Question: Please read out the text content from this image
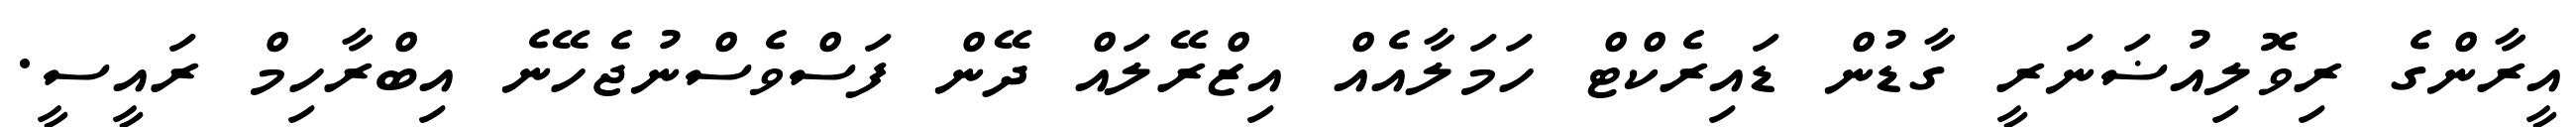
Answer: އީރާންގެ ރިވޮލިއުޟަނަރީ ގާޑުން ޑައިރެކްޓް ހަމަލާއެއް އިޒްރޭލައް ދޭން ފަސްވެސްނުޖެހޭނެ އިބްރާހިމް ރައީސީ.